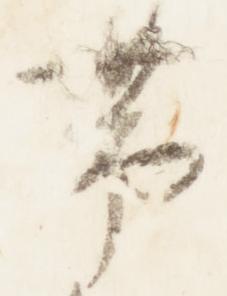
帯